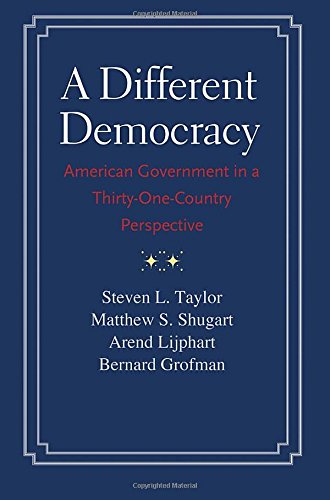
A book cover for A Different Democracy: American Government in a 31-Country Perspective; Steven L. Taylor; Law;